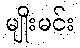
မျိုးမင်း